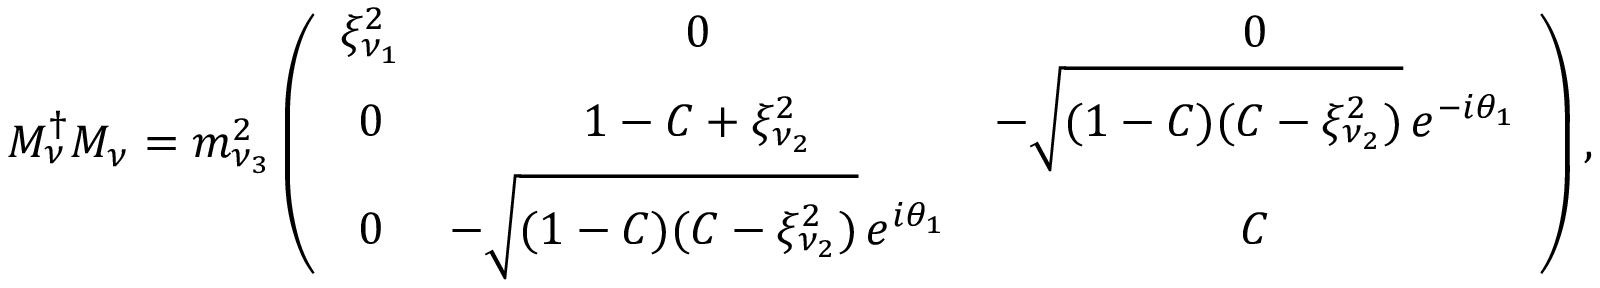
M _ { \nu } ^ { \dagger } M _ { \nu } = m _ { \nu _ { 3 } } ^ { 2 } \left( \begin{array} { c c c } { { \xi _ { \nu _ { 1 } } ^ { 2 } } } & { { 0 } } & { { 0 } } \\ { { 0 } } & { { 1 - C + \xi _ { \nu _ { 2 } } ^ { 2 } } } & { { - \sqrt { ( 1 - C ) ( C - \xi _ { \nu _ { 2 } } ^ { 2 } ) } \, e ^ { - i \theta _ { 1 } } } } \\ { { 0 } } & { { - \sqrt { ( 1 - C ) ( C - \xi _ { \nu _ { 2 } } ^ { 2 } ) } \, e ^ { i \theta _ { 1 } } } } & { { C } } \end{array} \right) ,